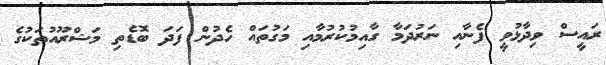
ރައީސް ވިދާޅުވީ ފެނާއި ނަރުދަމާ ގާއިމުކުރުމާއި މަގުތައް ހެދުން ފަދަ ބޮޑެތި މަޝްރޫއުތަކުގެ